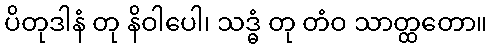
ပိတုဒါနံ တု နိဝါပေါ၊ သဒ္ဓံ တု တံဝ သာတ္ထတော။